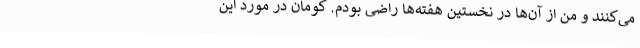
می‌کنند و من از آن‌ها در نخستین هفته‌ها راضی بودم. کومان در مورد این